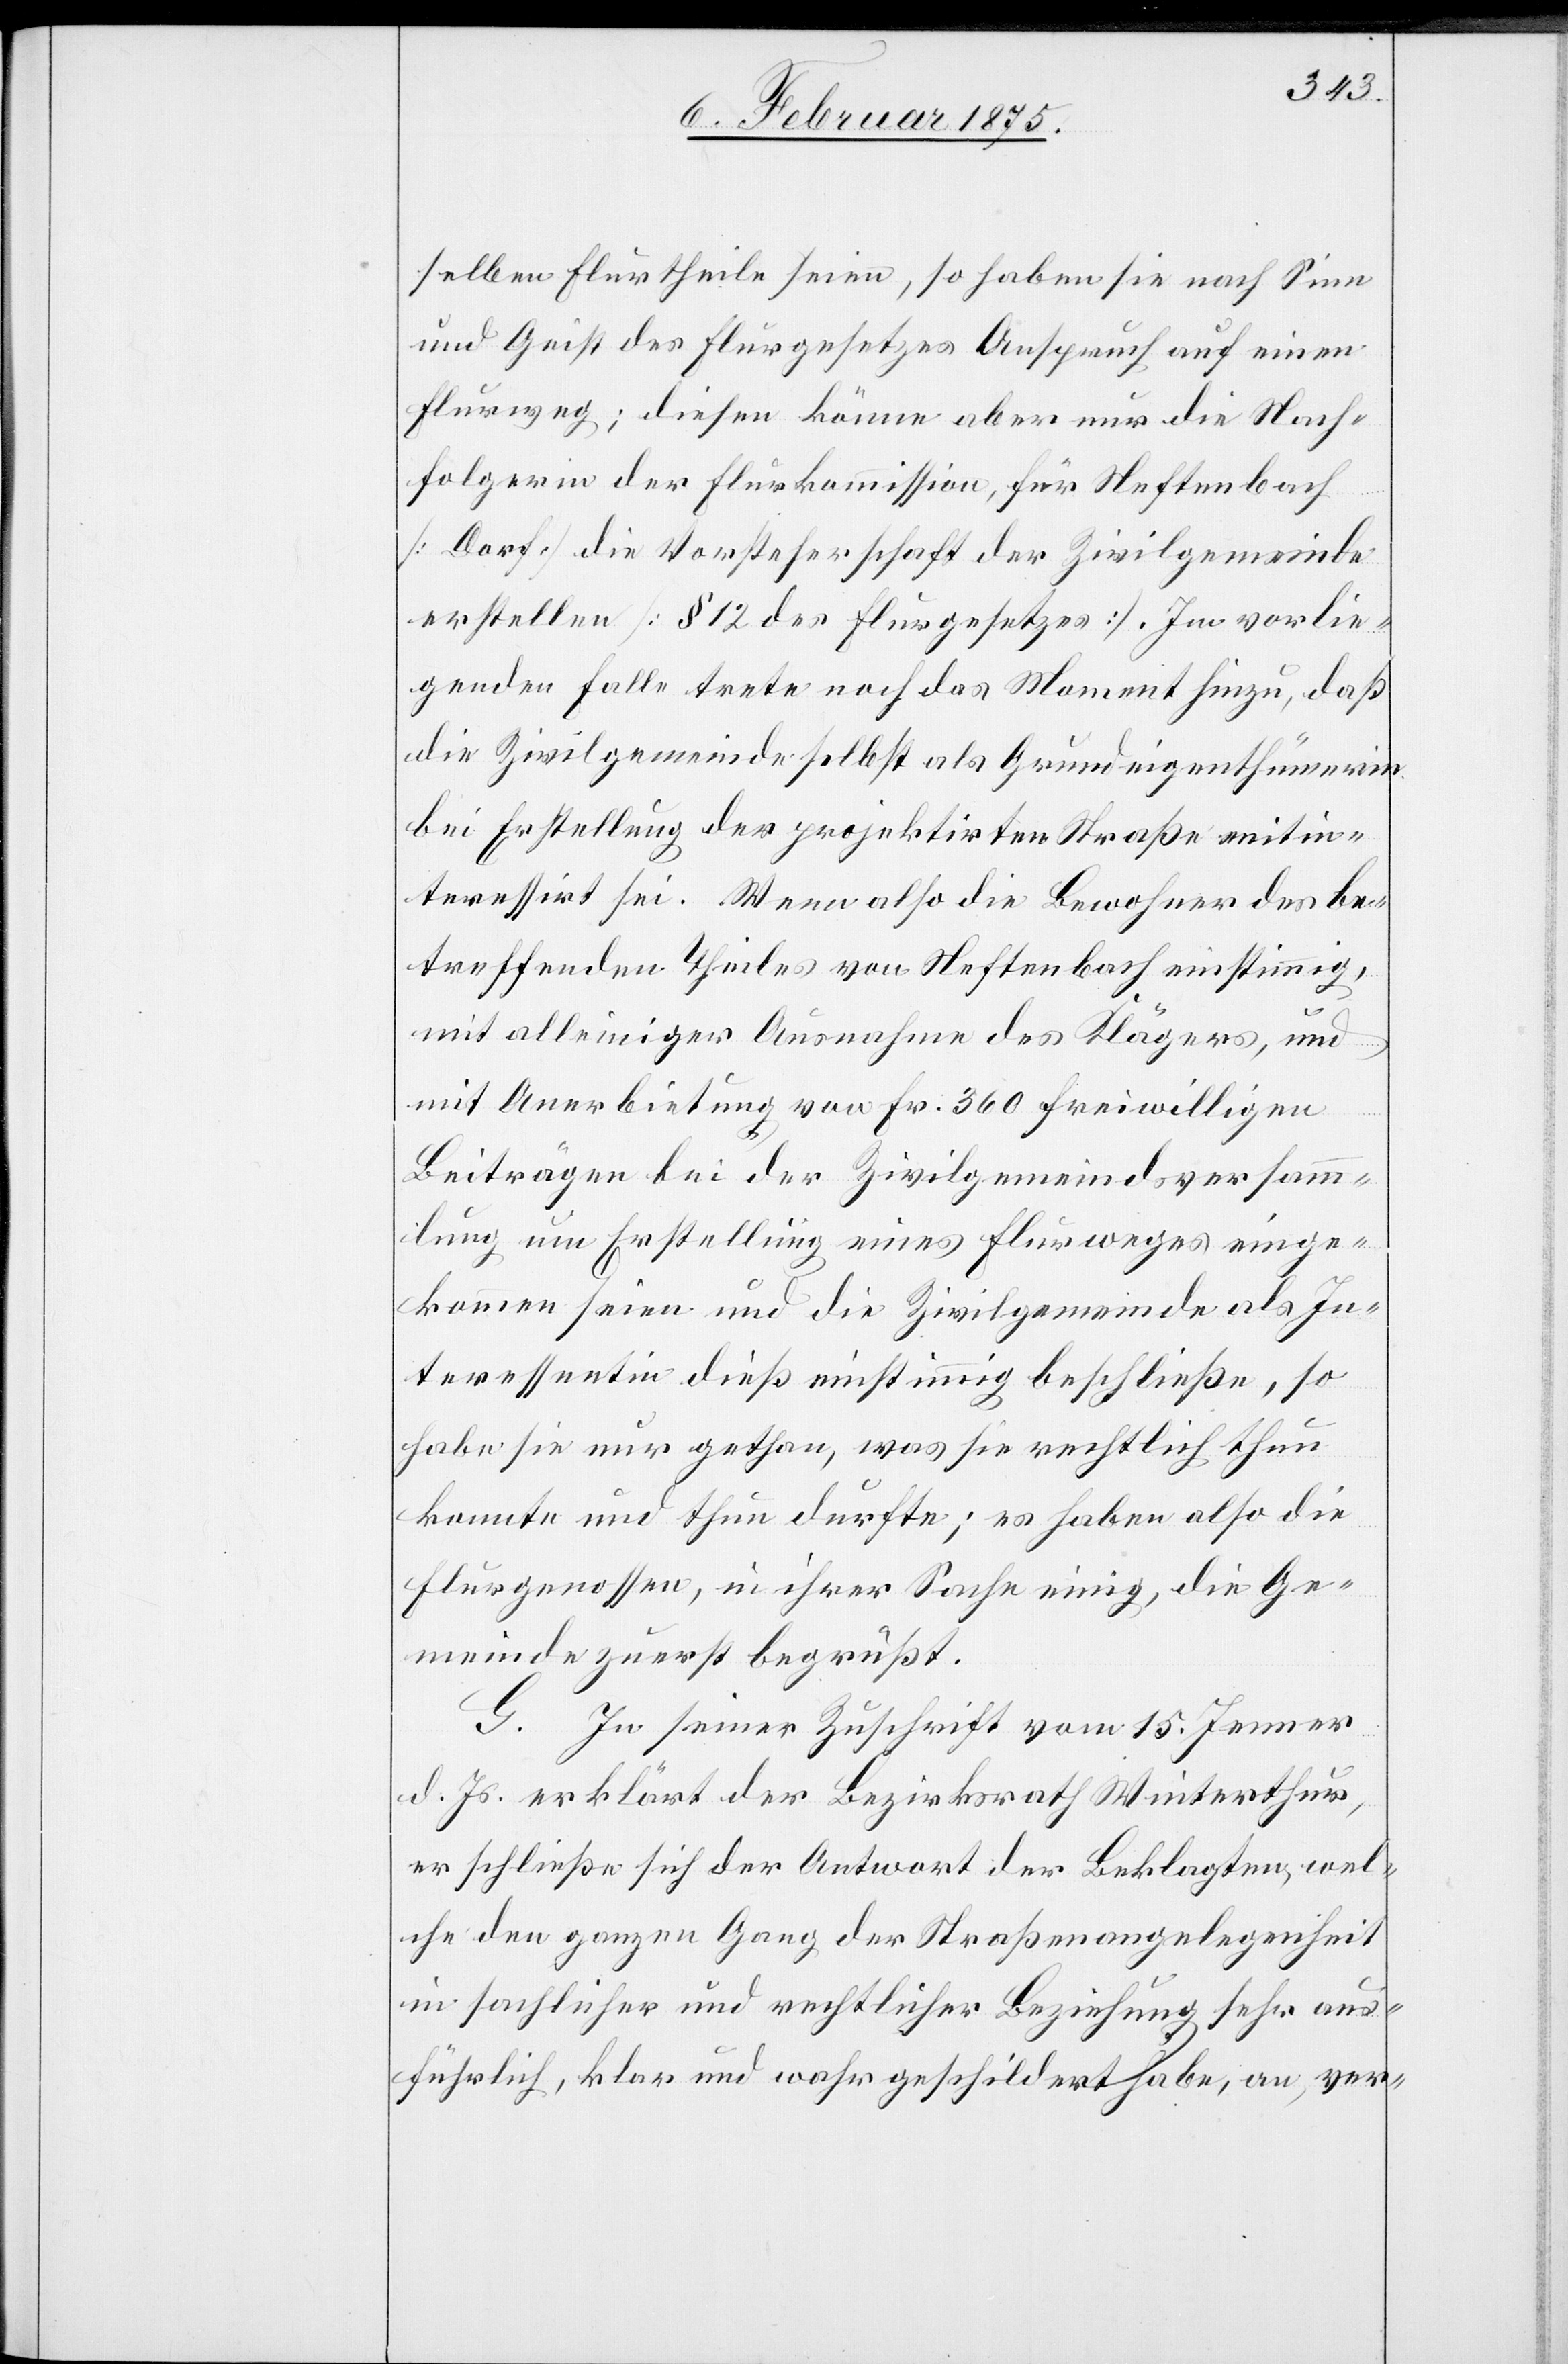
selben Flurtheile seien, so haben sie nach Sinn
und Geist des Flurgesetzes Anspruch auf einen
Flurweg; diesen könne aber nur die Nach¬
folgerin der Flurkommission, für Neftenbach
(Dorf) die Vorsteherschaft der Zivilgemeinde
erstellen (§ 12 des Flurgesetzes). Im vorlie¬
genden Falle trete noch das Moment hinzu, daß
die Zivilgemeinde selbst als Grundeigenthümerin
bei Erstellung der projektirten Straße mitin¬
teressirt sei. Wenn also die Bewohner des be¬
treffenden Theiles von Neftenbach einstimmig,
mit alleiniger Ausnahme des Klägers, und
mit Anerbietung von Fr. 360 freiwilligen
Beiträge bei der Zivilgemeindsversamm¬
lung um Erstellung eines Flurweges einge¬
kommen seien und die Zivilgemeinde als In¬
teressentin dies einstimmig beschließe, so
habe sie nur gethan, was sie rechtlich thun
konnte und thun durfte; es haben also die
Flurgenossen, in ihrer Sache einig, die Ge¬
meinde zuerst begrüßt.
G. In seiner Zuschrift vom 15. Jenner
d. Js. erklärt der Bezirksrath Winterthur,
er schließe sich der Antwort der Beklagten, wel¬
che den ganzen Gang der Straßenangelgenheit
in sachliche rund rechtlicher Beziehung sehr aus¬
führlich, klar und wahr geschildert habe, an, ver-